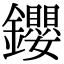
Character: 𨰃